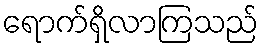
ရောက်ရှိလာကြသည်